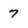
Character: 7